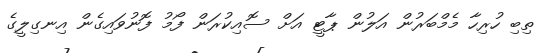
ތިބި ހުރިހާ މެމްބަރުން އަލުން ޕާޓީ އަށް ސޮއިކުރަން ފޯމު ފޮނުވައިގެން އިނގިލީގެ